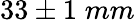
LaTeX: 33\pm 1\; mm